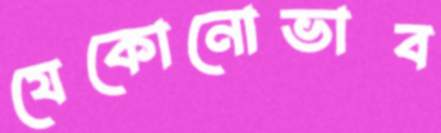
যেকোনোভাব